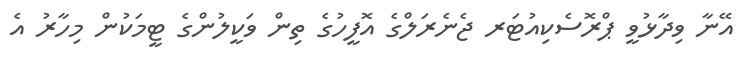
އޭނާ ވިދާޅުވީ ޕްރޮސެކިއުޓަރ ޖެނެރަލްގެ އޮފީހުގެ ތިން ވަކީލުންގެ ޓީމަކުން މިހާރު އެ